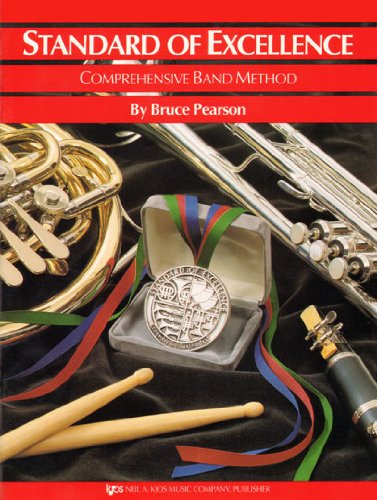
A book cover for W21CL - Standard of Excellence Book 1 Clarinet - Book Only (Standard of Excellence Comprehensive Band Method); Arts & Photography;